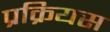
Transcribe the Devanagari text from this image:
प्रक्रियस